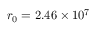
r _ { 0 } = 2 . 4 6 \times 1 0 ^ { 7 }